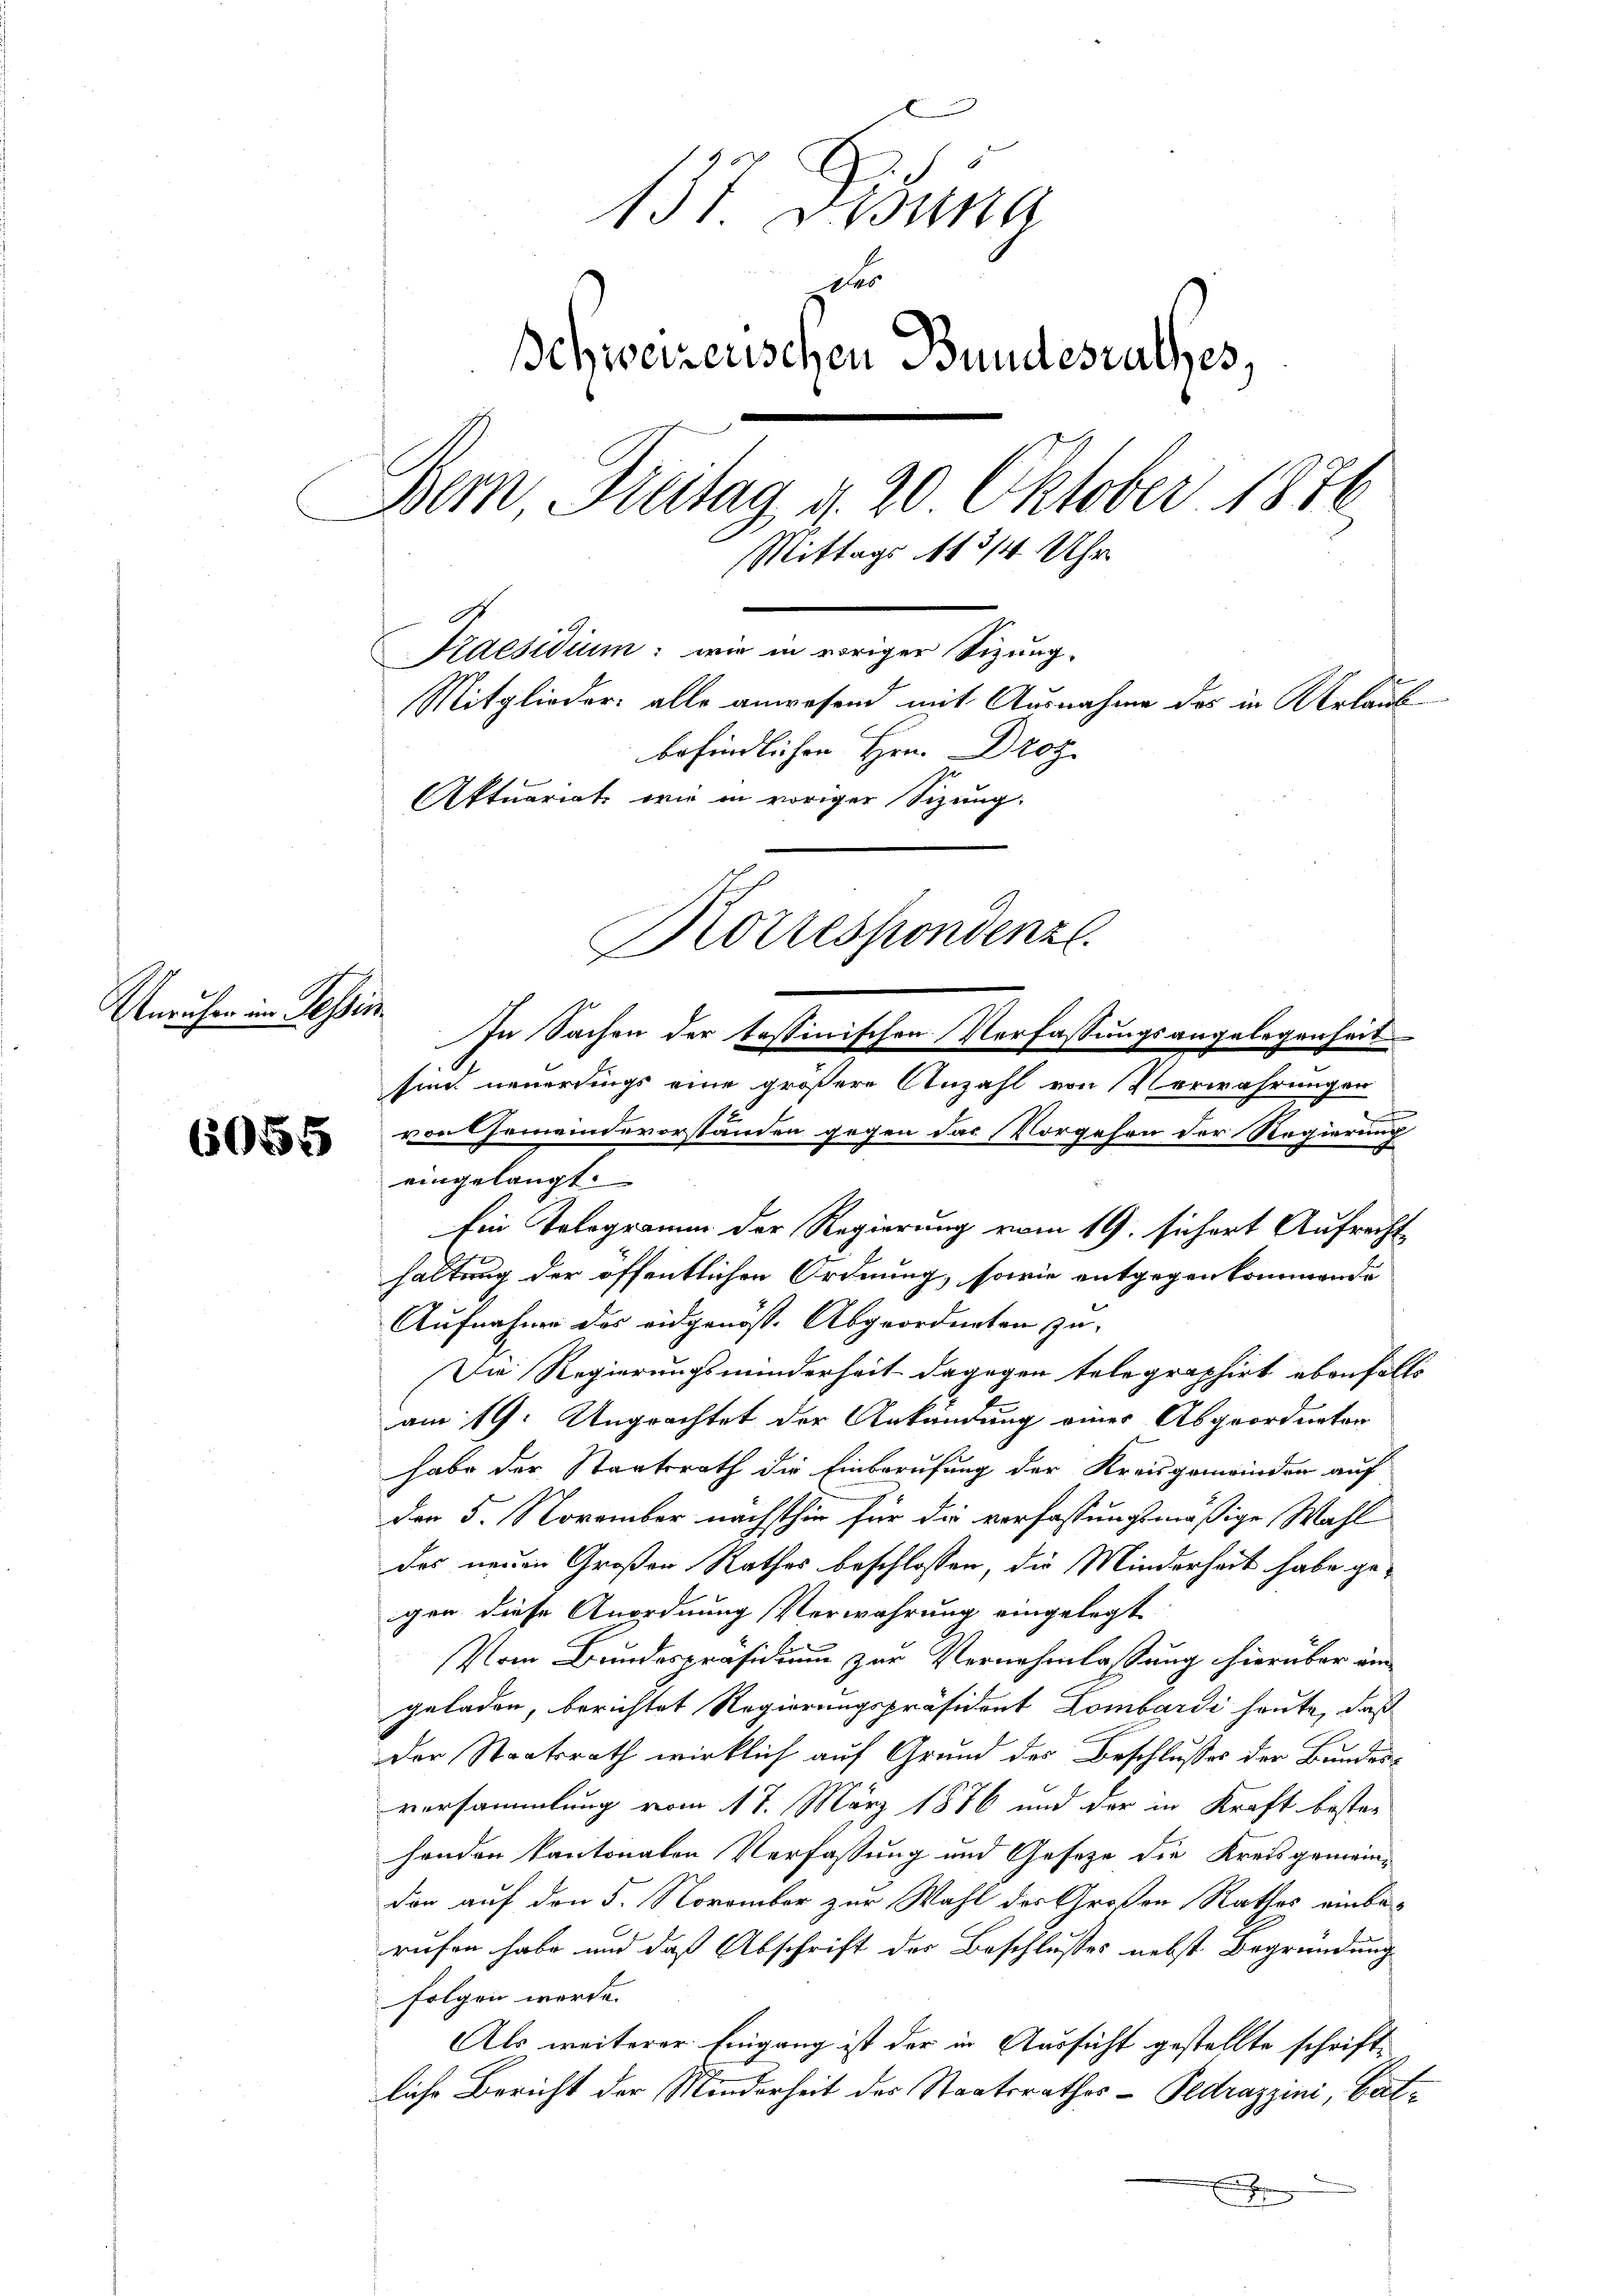
137. Desina
Des
Behweizerischen Bundesrathes,
Bern Freitag d. 20. Oktober 1872
Mittags 113/4 Uhr
Kaesidium: wie in voriger Sizung.
Mitglieder: alle anwesend mit Ausnahme des in Urlaub
befindlichen Hrn. Droz.
Aktuariat wie in voriger Sizung.
Korrespondenz
Unruhen im Tessin

6055

In Sachen der tessinischen Verfassungsangelegenheit
sind neuerdings eine größere Anzahl von Verwahrungen
1

von Gemeindevorstanden gegen das Vorgehen der Regierung
eingelangt.
Ein Telegramm der Regierung vom 19. sihort Aufrecht
haltung der öffentlichen Ordnung, sowie entgegenkommende
Aufnahme das eidgenöss. Abgeordneten zu-
Die Regierungsminderheit dagegen telegraphirt ebenfalls
am 19. Ungeachtet der Ankündung eines Abgeordneten
habe der Staatsrath die Einberufung der Kreisgeminden auf
der 5. November nächsthin für die verfassungsmäßige Wahl
das neuen Großen Rathes beschlossen, die Minderheit habe gegen diese Anordnung Verwahrung eingelegt
Vom Bundespräsidium zur Vernehmlassung hierüber von
geladen, berichtet Regierungspräsident Lombardi heute, daß
Der Staatsrath wirklich auf Grund des Beschlusses der Bundesversammlung vom 17. März 1876 und der in Kraft besten
hondern kantonalen Verfassung und Gesetze die Kreisgemeindon auf den 5. November zur Wahl des Großen Rathes einberufen habe und daß Abschrift der Beschlusses nebst Begründung
folgen werde.
Als weiterer Eingang ist der in Aussicht gestellte schriftliche Bericht der Minderheit des Staatsrathes - Pedrazzini, Batx